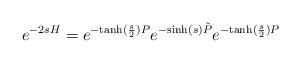
LaTeX: \begin{align*}e^{-2sH} = e^{-{\rm tanh}(\frac{s}{2})P}e^{-{\rm sinh}(s)\tilde{P}}e^{-{\rm tanh}(\frac{s}{2})P}\end{align*}